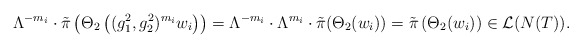
\begin{align*}\Lambda^{-m_i} \cdot \tilde{\pi} \left( \Theta_2\left((g_1^2,g_2^2)^{m_i}w_i \right) \right) = \Lambda^{-m_i} \cdot \Lambda^{m_i} \cdot \tilde{\pi}(\Theta_2(w_i)) = \tilde{\pi} \left( \Theta_2(w_i) \right) \in \mathcal{L}(N(T)).\end{align*}